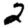
Digit: 2